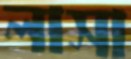
লাসা